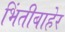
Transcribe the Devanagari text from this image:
भिंतीबाहेर